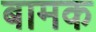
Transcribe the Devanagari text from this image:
बामक